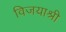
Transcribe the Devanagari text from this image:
विजयाश्री